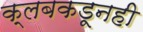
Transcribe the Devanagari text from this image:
क्लबकडूनही